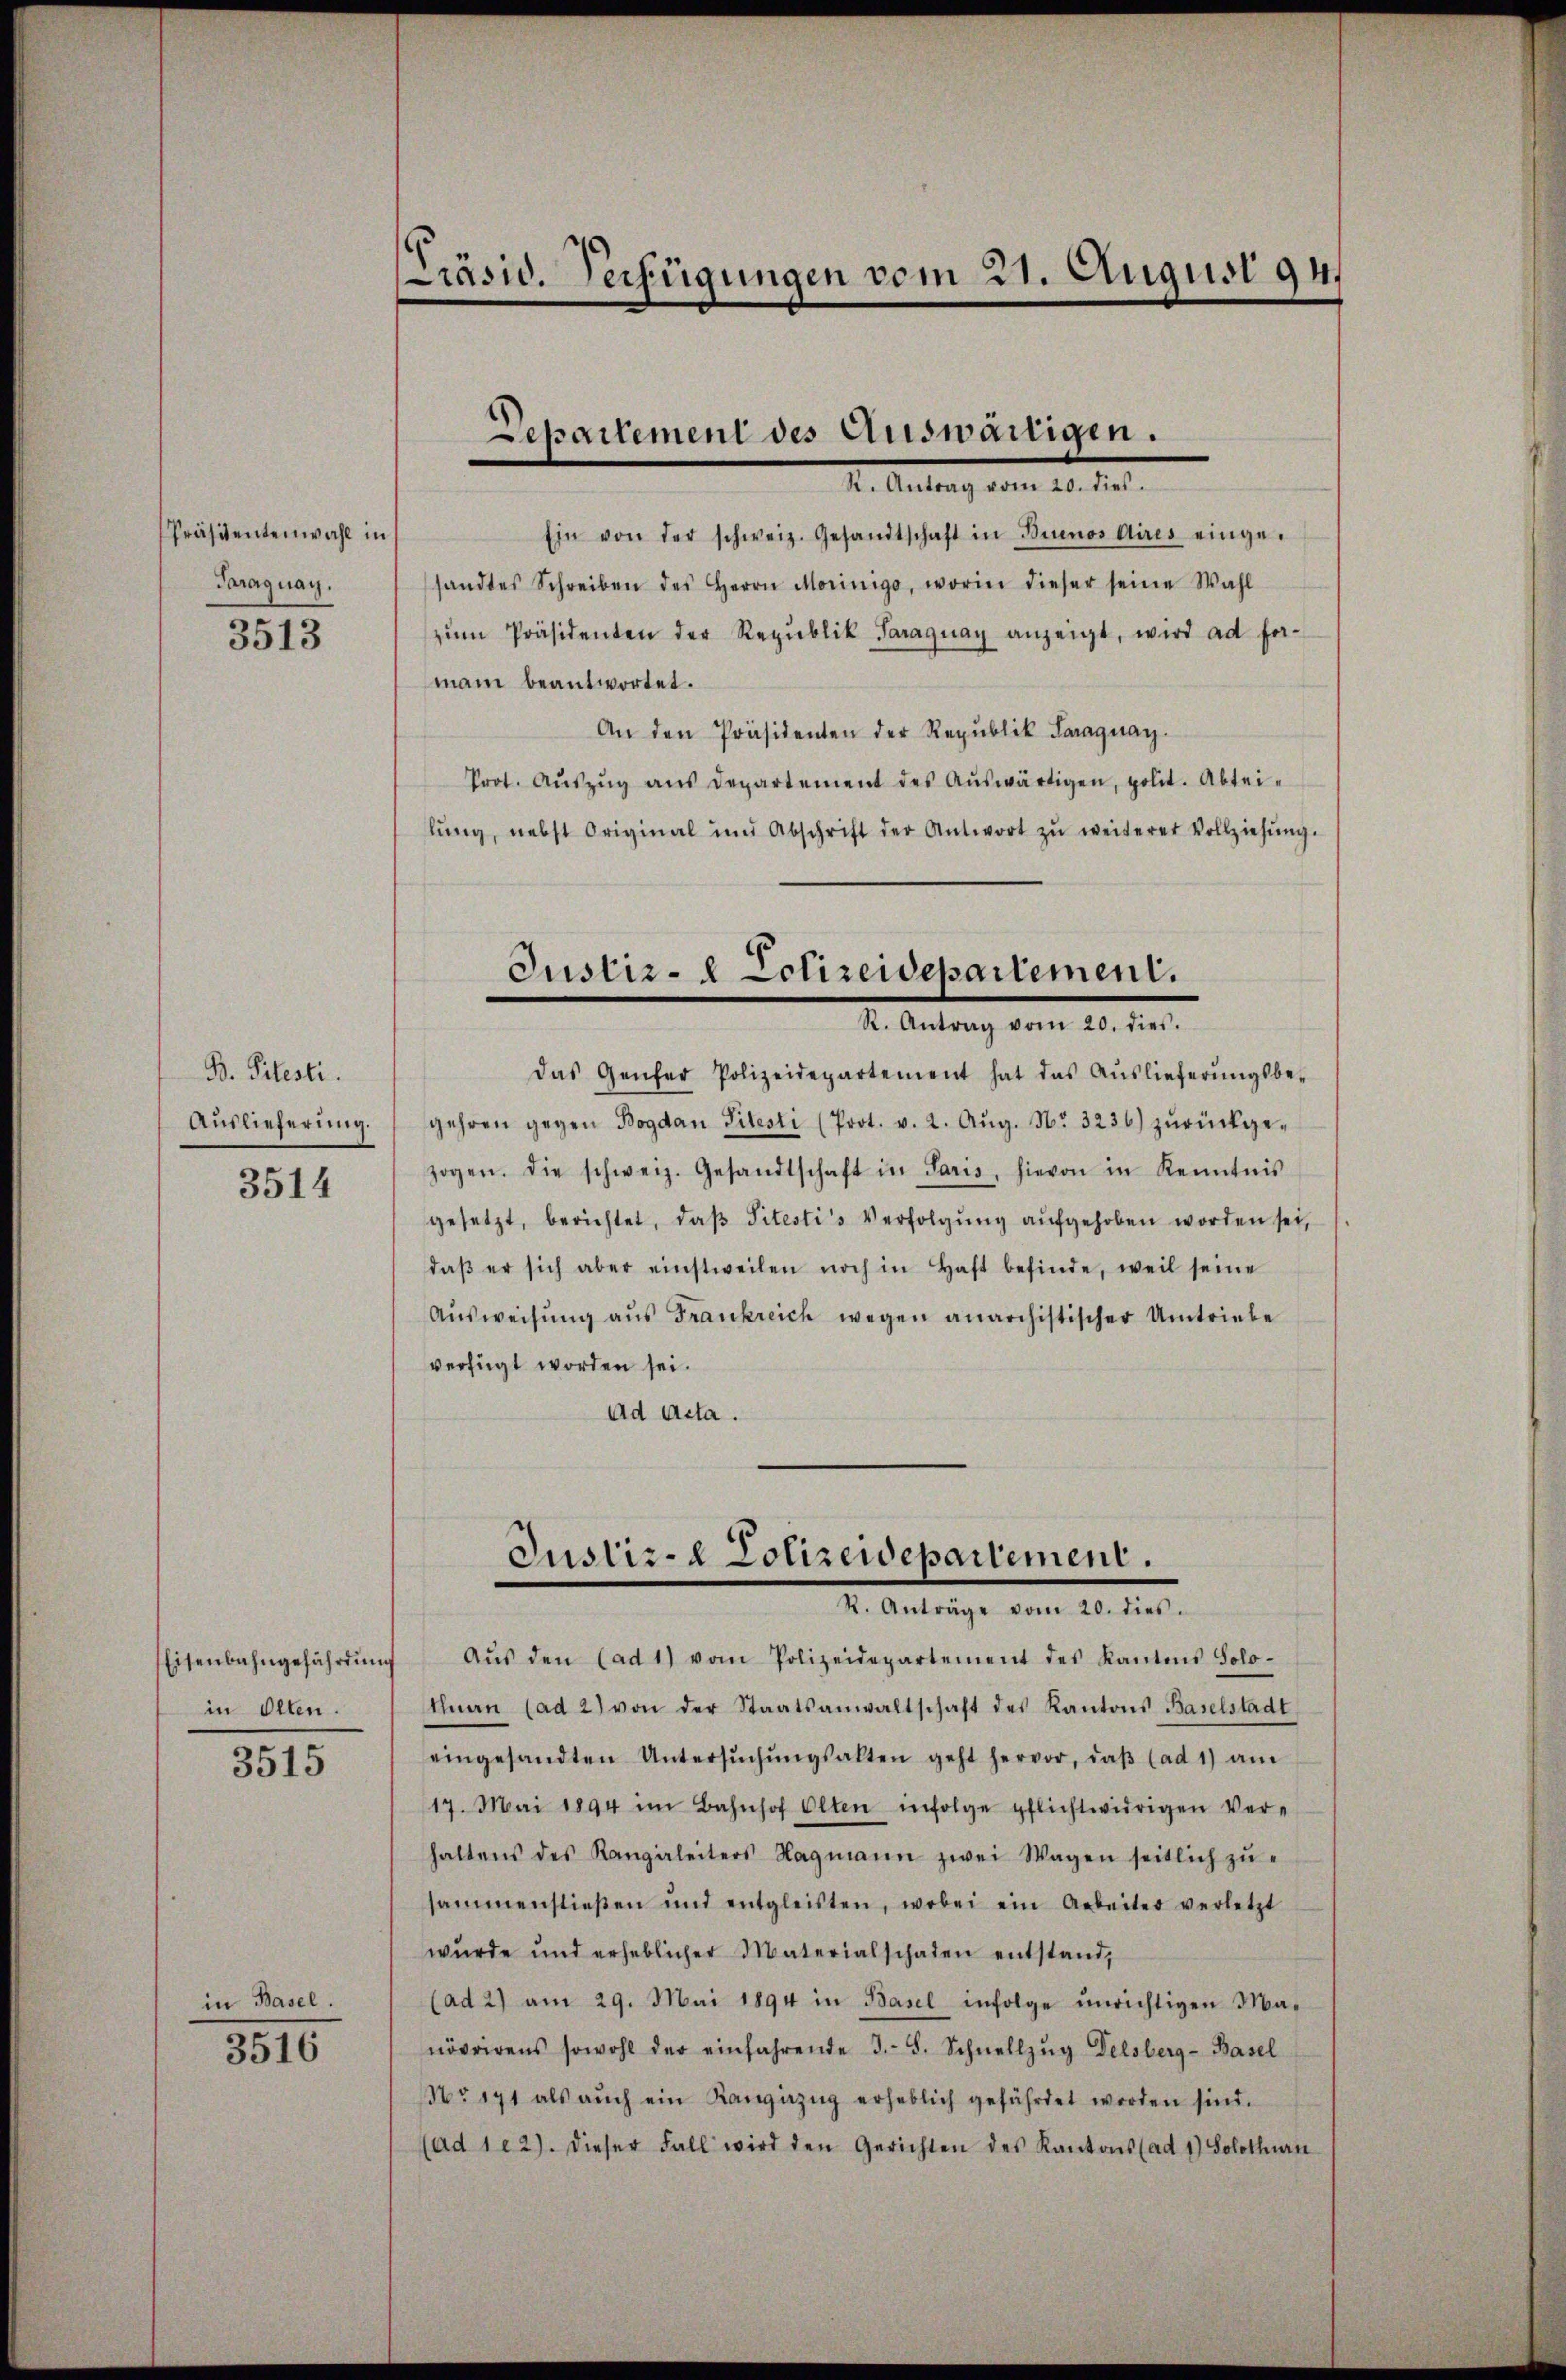
Präsidentenwahl in
Paraguay.

3513

B. Pitesti
Auslieferung.
3514

Eisenbahngefährdung
in Olten.

3515

in Basel.

3516

Präsid. Verfügungen vom 21. August 1941

Separtement des Auswärtigen.
. Antrag vom 21. der

Ein von der schweiz. Gesandtschaft in Buenos Aires einge-
sandtes Schreiben des Herrn Morinige, worin dieser seine Wahl
zŭm Präsidenten der Republik Paraguay anzeigt, wird ad for-
mani beantwortet.
An den Präsidenten der Republik Saraguay.
Prot. Aŭszŭg aŭs departement des Aŭswärtigen, polit. Abtei-
lŭng, nebst Original und Abschrift der Antwort zŭ weiterer Vollziehŭng.
Justiz- & Polizeidepartement.
I. Antrag vom 10. die
das Genfer Polizeidepartement hat das Auslieferŭngsbe-
gehren gegen Bogdan Titesti (Prot. v. 2. Aŭg. No. 3236) zŭrückge-
zogen. Die schweiz. Gesandtschaft in Paris, hievon in Kenntnis
gesetzt, berichtet, daβ Titesti's Verfolgŭng aŭfgehoben worden sei,
daβ er sich aber einstweilen noch in Haft befinde, weil seine
Aŭsweisŭng aŭs Frankreich wegen anarchistischer Umtriebe
verfügt worden sei.
Ad Acta.

Justiz- & Polizeidepartement.
I. Anträge vom 20. dies

Aŭs den (ad 1) vom Polizeidepartement des Kantons Solo-
tnau (ad 2) von der Staatsanwaltschaft des Kantons Baselstadt
eingesandten Untersŭchŭngsalten geht hervor, daβ (ad 1) am
17. Mai 1894 im Bahnhof Olten infolge pflichtwidrigen Ver-
haltens des Kanzeleiters Hagmann zwei Wagen seitlich zŭ-
sammenstießen und entgleisten, wobei ein Arbeiter verletzt
wurde und erheblicher Materialschaden entstand,
(ad 2) am 29. Mai 1894 in Basel infolge ŭnrichtigen Ma-
növrirens sowohl der einfahrende J.-B. Schnellzŭg Delsberg-Basel
Nr 171 als aŭch ein Kanzezŭg erheblich gefährdet worden sind.
(ad 122). Dieser Fall wird den Gerichten des Kantons (ad 1) Solothurn